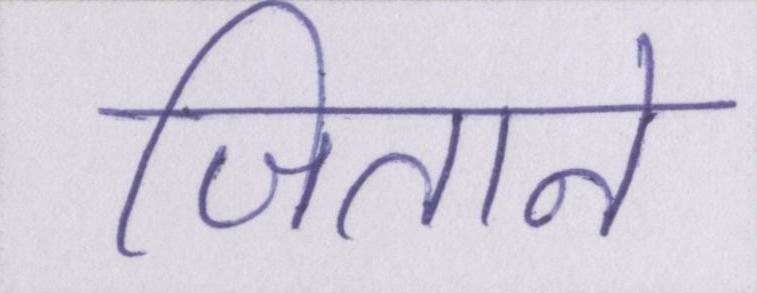
जिताने